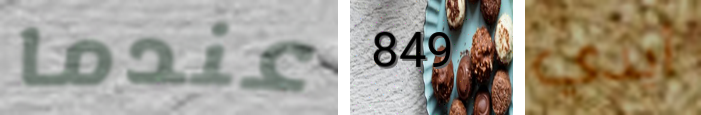
عندما 849 أيدي